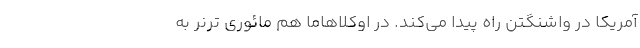
آمریکا در واشنگتن راه پیدا می‌کند. در اوکلاهاما هم مائوری ترنر به